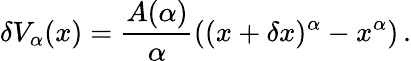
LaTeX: \delta V_{\alpha}(x)=\frac{A(\alpha)}{\alpha}\left((x+\delta x)^{\alpha}-x^{\alpha}\right)\, .